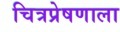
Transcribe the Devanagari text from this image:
चित्रप्रेषणाला